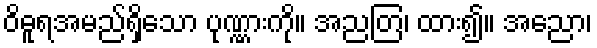
ဝိဓူရအမည်ရှိသော ပုဏ္ဏားကို။ အညတြ၊ ထား၍။ အညော၊